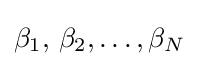
\beta _{1},\,\beta _{2},\dots ,\beta _{N}